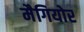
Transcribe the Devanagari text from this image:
मैगियोर